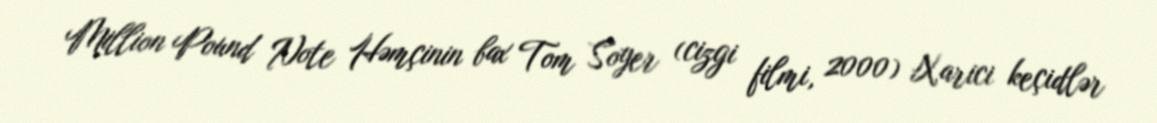
Million Pound Note Həmçinin bax Tom Soyer (cizgi filmi, 2000) Xarici keçidlər